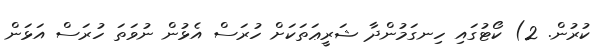
ކުރުން. 2) ކޯޓުގައި ހިނގަމުންދާ ޝަރީޢަތަކަށް ހުރަސް އެޅުން ނުވަތަ ހުރަސް އަޅަން